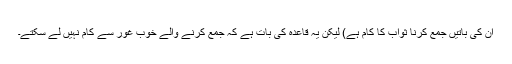
ان کی باتیں جمع کرنا ثواب کا کام ہے) لیکن یہ قاعدہ کی بات ہے کہ جمع کرنے والے خوب غور سے کام نہیں لے سکتے۔